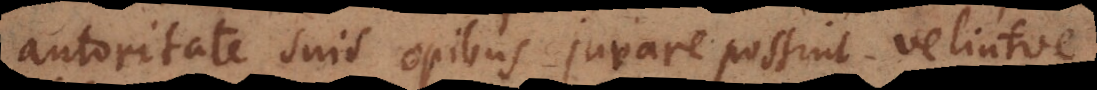
autoritate suis opibus juvare possint velintve,